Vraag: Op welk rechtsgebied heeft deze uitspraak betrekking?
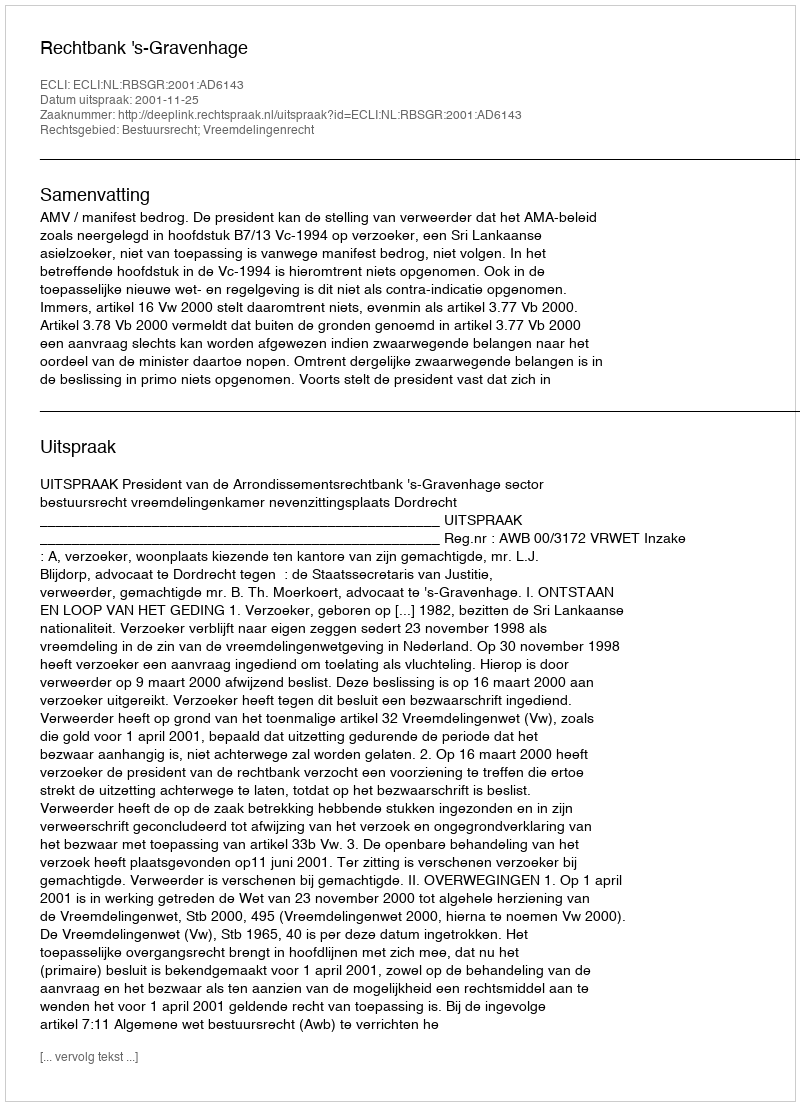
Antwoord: Bestuursrecht; Vreemdelingenrecht